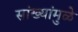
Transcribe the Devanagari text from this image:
सांख्यांमुळे